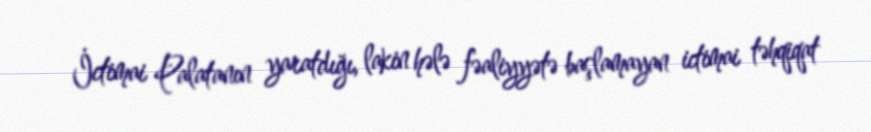
İctimai Palatanın yaratdığı, lakin hələ fəaliyyətə başlamayan ictimai təhqiqat